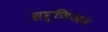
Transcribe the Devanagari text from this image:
सर्जिअन